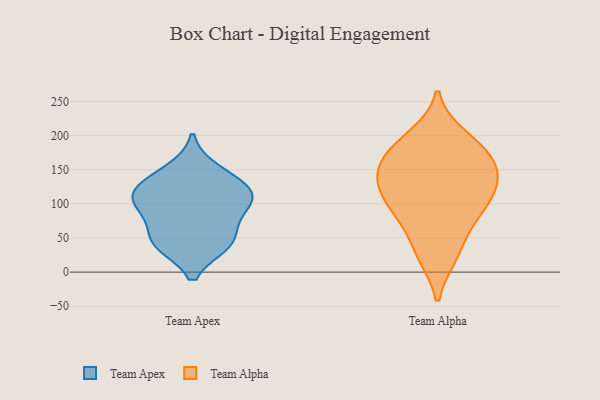
{"axis": {"x": "Waste Production (Tons)", "y": "Value"}, "legend": ["Team Alpha", "Team Apex"], "data": [{"x": "", "y": 44, "type": "Team Apex"}, {"x": "", "y": 130, "type": "Team Apex"}, {"x": "", "y": 112, "type": "Team Apex"}, {"x": "", "y": 41, "type": "Team Apex"}, {"x": "", "y": 95, "type": "Team Apex"}, {"x": "", "y": 107, "type": "Team Apex"}, {"x": "", "y": 150, "type": "Team Apex"}, {"x": "", "y": 79, "type": "Team Apex"}, {"x": "", "y": 43, "type": "Team Apex"}, {"x": "", "y": 120, "type": "Team Apex"}, {"x": "", "y": 165, "type": "Team Alpha"}, {"x": "", "y": 135, "type": "Team Alpha"}, {"x": "", "y": 163, "type": "Team Alpha"}, {"x": "", "y": 75, "type": "Team Alpha"}, {"x": "", "y": 27, "type": "Team Alpha"}, {"x": "", "y": 99, "type": "Team Alpha"}, {"x": "", "y": 78, "type": "Team Alpha"}, {"x": "", "y": 191, "type": "Team Alpha"}, {"x": "", "y": 115, "type": "Team Alpha"}, {"x": "", "y": 140, "type": "Team Alpha"}, {"x": "", "y": 25, "type": "Team Alpha"}, {"x": "", "y": 109, "type": "Team Alpha"}, {"x": "", "y": 173, "type": "Team Alpha"}, {"x": "", "y": 137, "type": "Team Alpha"}, {"x": "", "y": 198, "type": "Team Alpha"}]}